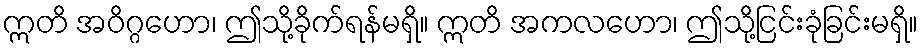
ဣတိ အဝိဂ္ဂဟော၊ ဤသို့ခိုက်ရန်မရှိ။ ဣတိ အကလဟော၊ ဤသို့ငြင်းခုံခြင်းမရှိ။